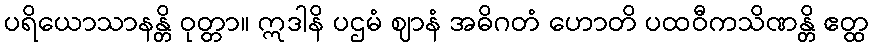
ပရိယောသာနန္တိ ဝုတ္တာ။ ဣဒါနိ ပဌမံ ဈာနံ အဓိဂတံ ဟောတိ ပထဝီကသိဏန္တိ ဧတ္ထ